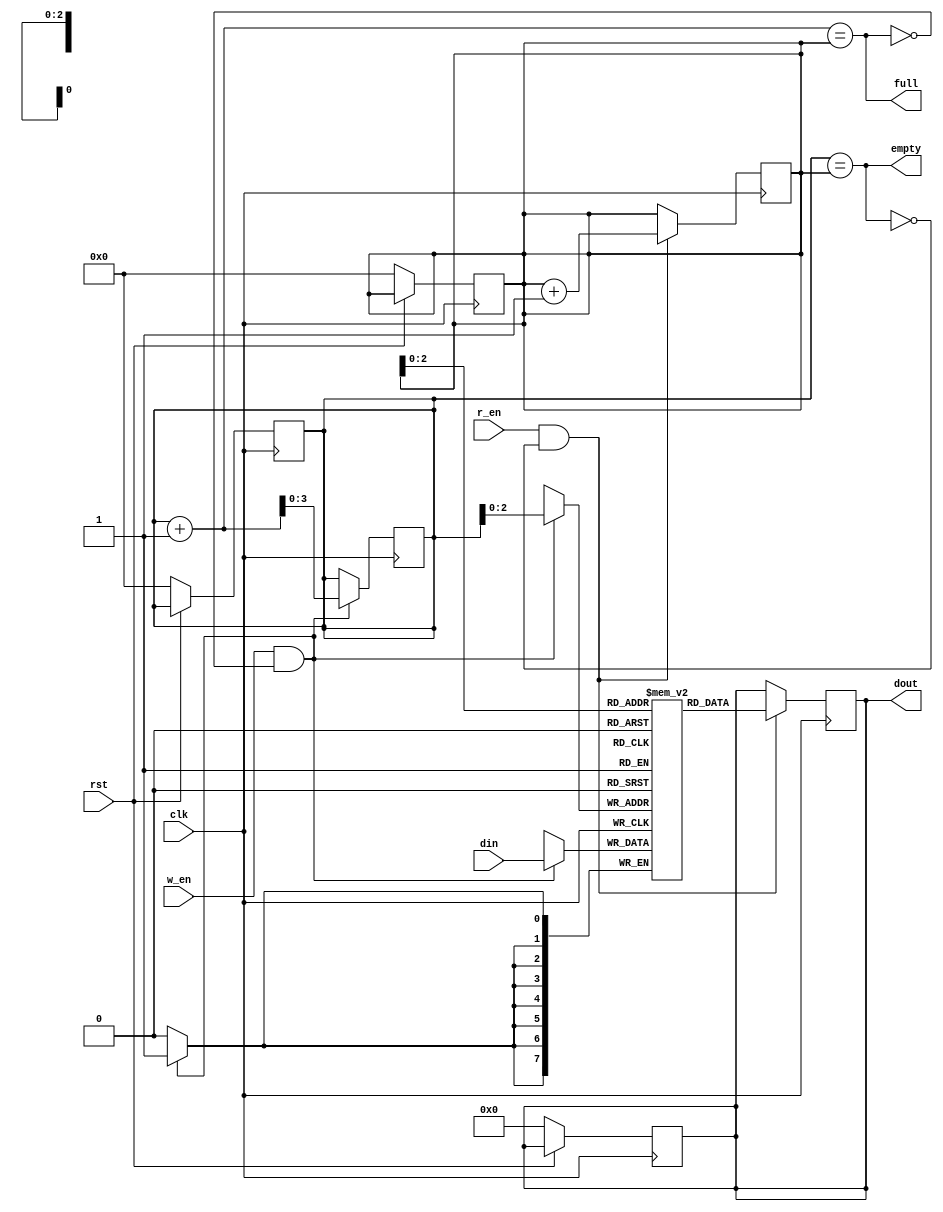
module synch_fifo #(parameter depth=8)(clk,rst,w_en,r_en,din,dout,full,empty);
  input clk,rst,w_en,r_en;
  input [7:0]din;
  output reg [7:0]dout;
  output reg full,empty;
  reg[$clog2(depth-1):0]w_ptr,r_ptr;
  reg[7:0]fifo[depth];
  always @(posedge clk)
    begin
      if(!rst)
        begin
          w_ptr <=0;
          r_ptr <=0;
          dout <=0;
        end
    end
  always @(posedge clk)
    begin
      if(w_en & !full)
        begin
          fifo[w_ptr] <=din;
          w_ptr <=w_ptr+1;
        end
    end
  always @(posedge clk)
    begin
      if(r_en & !empty)
        begin
          dout <= fifo[r_ptr];
          r_ptr <=r_ptr+1;
        end
    end
  assign full=((w_ptr+1)==r_ptr);
  assign empty=(w_ptr==r_ptr);
endmodule